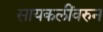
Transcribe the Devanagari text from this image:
सायकलींवरुन